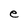
Character: e